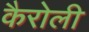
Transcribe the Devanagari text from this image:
कैरोली